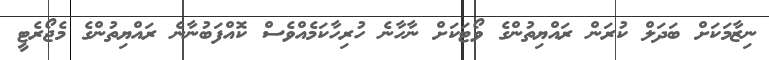
ނިޒާމަކަށް ބަދަލް ކުރަން ރައްޔިތުންގެ ވޯޓަކަށް ނާހާނެ ހުރިހާކަމެއްވެސް ކޮއްފަބުނާނެ ރައްޔިތުންގެ މެޖޯރެޓީ